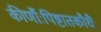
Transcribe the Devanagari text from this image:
कीर्णौःपिष्टातकौधैः